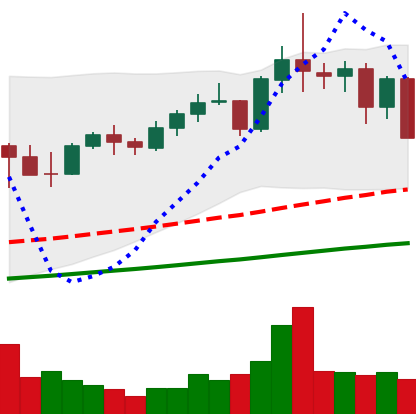
Ticker: NEO-USD
Chart end date: 2021-05-12
Forward return: -7.641%
Label: down_7plus